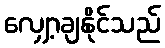
လျှော့ချနိုင်သည်